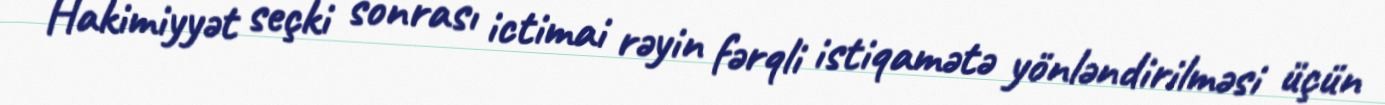
Hakimiyyət seçki sonrası ictimai rəyin fərqli istiqamətə yönləndirilməsi üçün